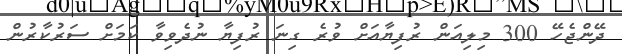
ދޭންޖެހޭ 300 މިލިއަން ރުފިޔާއަށް ވުރެ ގިނަ ރުފިޔާ ނުދެވިވާ ކަމަށް ސަރުކާރުން